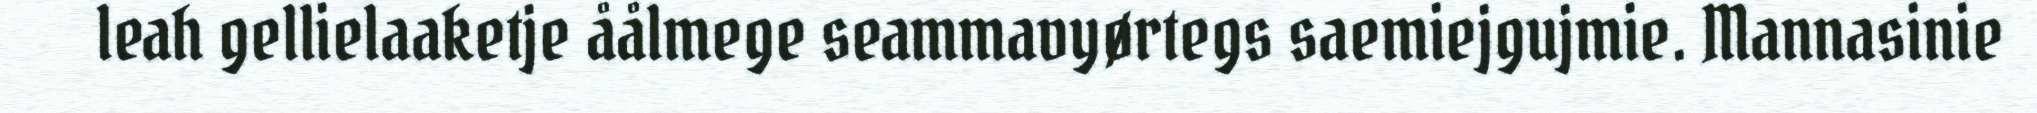
leah gellielaaketje åålmege seammavyørtegs saemiejgujmie. Mannasinie